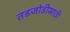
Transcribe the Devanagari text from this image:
तडजोडीसाठी